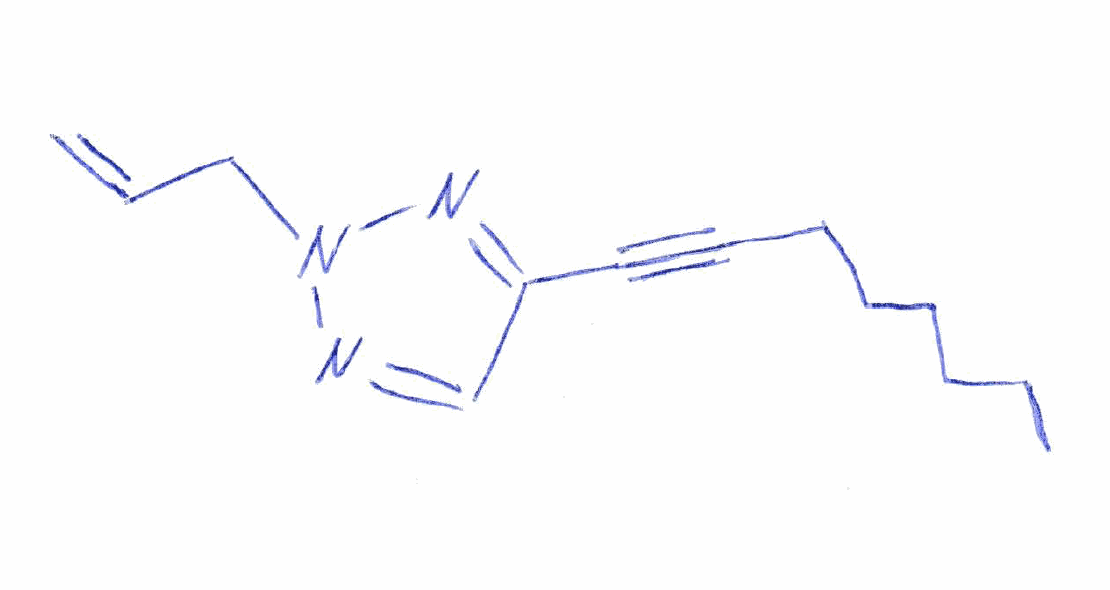
Simplified molecular-input line-entry system (SMILES) notation of the given molecule:
CCCCCCC#CC1=NN(N=C1)CC=C